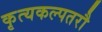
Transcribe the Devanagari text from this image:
कृत्यकल्पतरौ